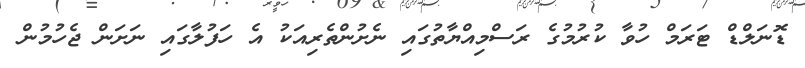
ޑޮނަލްޑް ޓަރަމް ހުވާ ކުރުމުގެ ރަސްމިއްޔާތުގައި ނެށުންތެރިއަކު އެ ހަފުލާގައި ނަށަން ޖެހުމުން